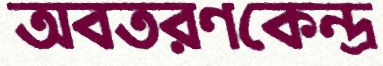
অবতরণকেন্দ্র